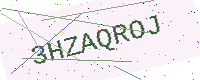
Text: 3HZAQROJ